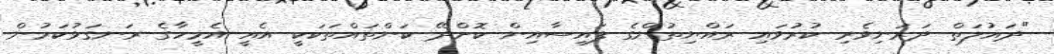
"ދައުލަތް ދަރަނިވެރި ކުރުވައި ރައްޔިތުންގެ ފައިސާއިން ކޮށްދޭ ކަންތައްތަކަކީ އެއީ އެމީހާގެ ރަނގަޅުކަމުން